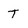
Character: t